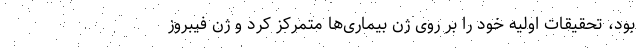
بود، تحقیقات اولیه خود را بر روی ژن‌ بیماری‌ها متمرکز کرد و ژن فیبروز